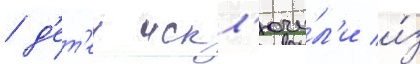
/ д'ет'еи искл'ючи́л'и и́з